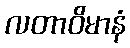
လတာဝိမာနံ